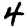
Digit: 4